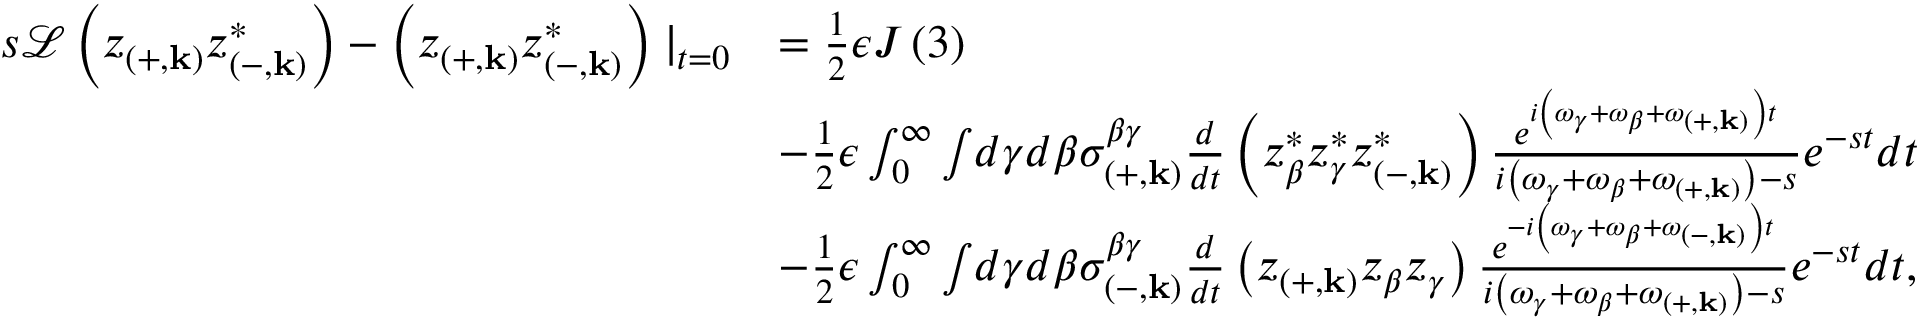
\begin{array} { r l } { s \mathcal { L } \left( z _ { \left( + , \mathbf { k } \right) } z _ { \left( - , \mathbf { k } \right) } ^ { * } \right) - \left( z _ { \left( + , \mathbf { k } \right) } z _ { \left( - , \mathbf { k } \right) } ^ { * } \right) \mid _ { t = 0 } } & { = \frac { 1 } { 2 } \epsilon J \left( 3 \right) } \\ & { - \frac { 1 } { 2 } \epsilon \int _ { 0 } ^ { \infty } \int \! d \gamma d \beta \sigma _ { \left( + , \mathbf { k } \right) } ^ { \beta \gamma } \frac { d } { d t } \left( z _ { \beta } ^ { * } z _ { \gamma } ^ { * } z _ { \left( - , \mathbf { k } \right) } ^ { * } \right) \frac { e ^ { i \left( \omega _ { \gamma } + \omega _ { \beta } + \omega _ { \left( + , \mathbf { k } \right) } \right) t } } { i \left( \omega _ { \gamma } + \omega _ { \beta } + \omega _ { \left( + , \mathbf { k } \right) } \right) - s } e ^ { - s t } d t } \\ & { - \frac { 1 } { 2 } \epsilon \int _ { 0 } ^ { \infty } \int \! d \gamma d \beta \sigma _ { \left( - , \mathbf { k } \right) } ^ { \beta \gamma } \frac { d } { d t } \left( z _ { \left( + , \mathbf { k } \right) } z _ { \beta } z _ { \gamma } \right) \frac { e ^ { - i \left( \omega _ { \gamma } + \omega _ { \beta } + \omega _ { \left( - , \mathbf { k } \right) } \right) t } } { i \left( \omega _ { \gamma } + \omega _ { \beta } + \omega _ { \left( + , \mathbf { k } \right) } \right) - s } e ^ { - s t } d t , } \end{array}